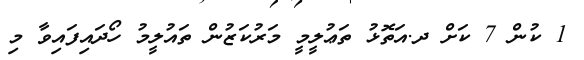
1 ކުން 7 ކަށް ދ.އަތޮޅު ތަޢުލީމީ މަރުކަޒުން ތައުލީމު ހޯދައިފައިވާ މި